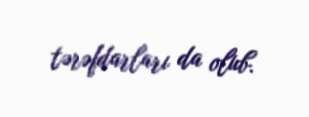
tərəfdarları da olub.